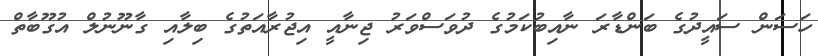
ހަސަން ސައީދުގެ ބަންޑާރަ ނާއިބުކަމުގެ ދުވަސްވަރު ޖިނާއީ އިޖުރާއަތުގެ ބިލާއި ގާނޫނުލް އުގޫބާތް